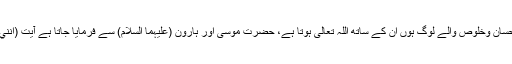
النحل ;128) جو تقویٰ واحسان وخلوص والے لوگ ہوں ان کے ساتھ اللہ تعالیٰ ہوتا ہے، حضرت موسیٰ اور ہارون (علیہما السلام) سے فرمایا جاتا ہے آیت (اِنَّنِيْ مَعَكُمَآ اَسْمَعُ وَاَرٰى) 20 ۔